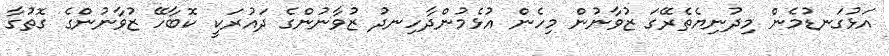
އަޅުގަނޑުމެން މިދުނިޔެތެރޭގަ ޒުވާނުން މިހެން އުޅެމުންދާހިނދު ޒުވާނުންގެ ދައުރަކީ ކޮބާހޭ ޒުވާނުންގެ ގޮތުގާ